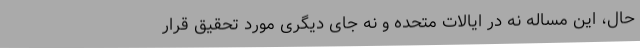
حال، این مساله نه در ایالات متحده و نه جای دیگری مورد تحقیق قرار